Vaccination report Assam 1896-1927 - 1896-1927
Year: 1896
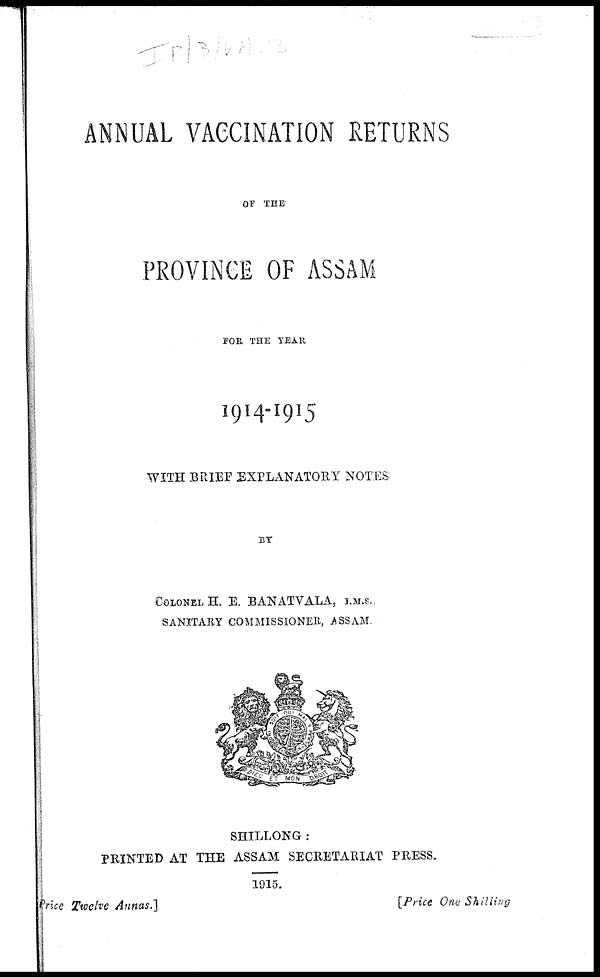
ANNUAL VACCINATION RETURNS
OF THE
PROVINCE OF ASSAM
FOR THE YEAR
1914-1915
WITH BRIEF EXPLANATORY NOTES
BY
COLONEL H. E. BANATVALA, I.M.S.,
SANITARY COMMISSIONER, ASSAM.
SHILLONG :
PRINTED AT THE ASSAM SECRETARIAT PRESS.
1915.
Price Twelve Annas.]
[Price One Shilling